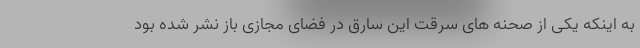
به اینکه یکی از صحنه های سرقت این سارق در فضای مجازی باز نشر شده بود